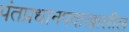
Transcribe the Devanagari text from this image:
पंतप्रधानपदाखालील